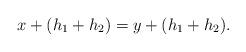
LaTeX: \begin{align*}x+(h_1+h_2)=y+(h_1+h_2).\end{align*}